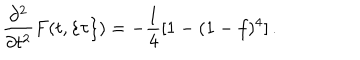
\frac { \partial ^ { 2 } } { \partial t ^ { 2 } } F ( t , \{ \tau \} ) = - \frac { 1 } { 4 } [ 1 - ( 1 - f ) ^ { 4 } ] \, .